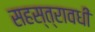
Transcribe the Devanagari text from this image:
सहस्त्रावधी